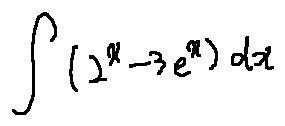
\int ( 2 ^ { x } - 3 e ^ { x } ) d x